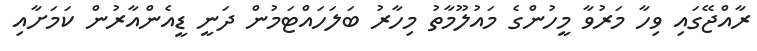
ރާއްޖޭގައި ވިހާ މަރުވާ މީހުންގެ މައުލޫމާތު މިހާރު ބަލަހައްޓަމުން ދަނީ ޑީއެންއާރުން ކަމަށާއި